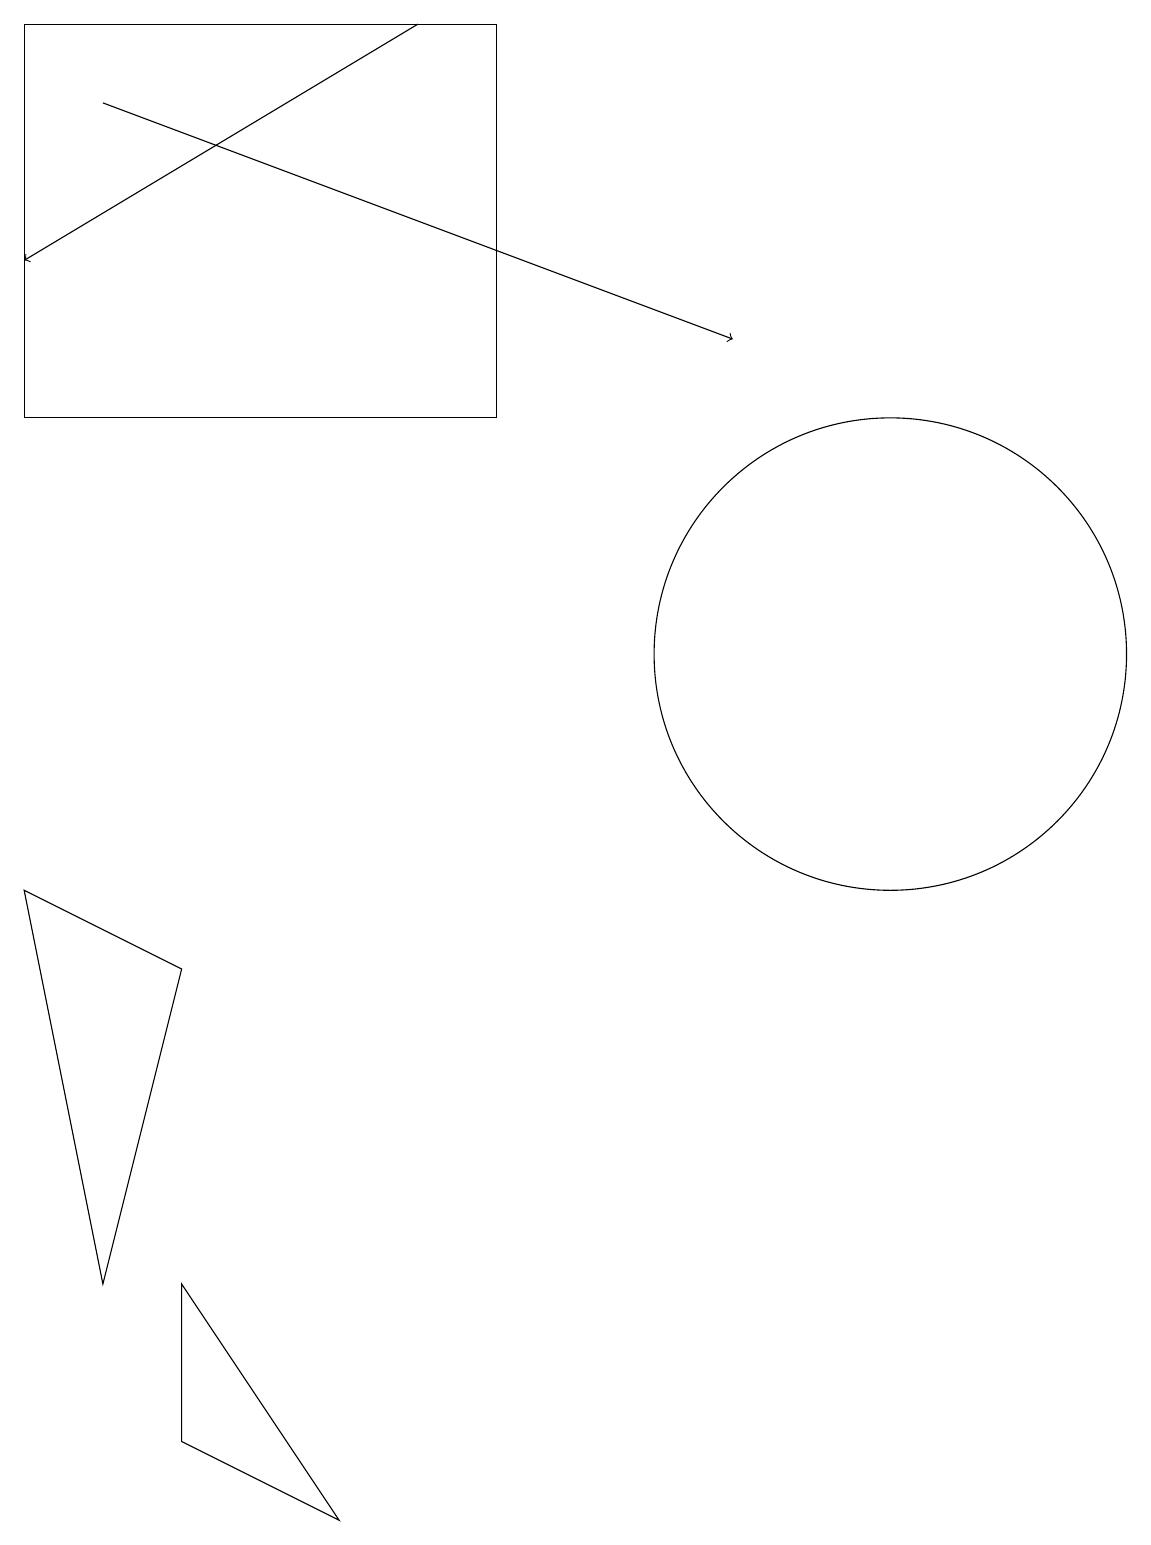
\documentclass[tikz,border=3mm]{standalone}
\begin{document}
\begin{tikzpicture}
\draw (2,7) -- (0,8) -- (1,3) -- cycle;
\draw[->] (5,19) -- (0,16);
\draw (2,3) -- (4,0) -- (2,1) -- cycle;
\draw (6,19) rectangle (0,14);
\draw (11,11) circle (3);
\draw[->] (1,18) -- (9,15);
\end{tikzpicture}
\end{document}